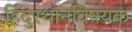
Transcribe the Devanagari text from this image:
हिंदुस्थानविषयक